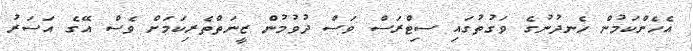
އެހެންކަމުން ހެނދުނުގެ ވަގުތުގައި ސިޓްރަސް ވަސް ދުވުމުން ޒީނަތްތެރިކަމަށް ވެސް އޭގެ އަސަރު